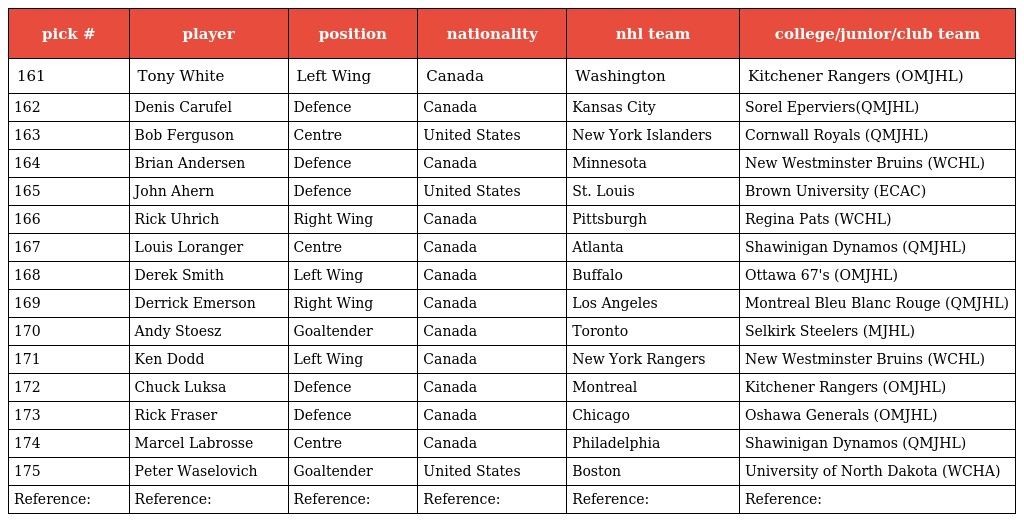
| pick # | player | position | nationality | nhl team | college/junior/club team |
 | --- | --- | --- | --- | --- | --- |
 | 161 | Tony White | Left Wing | Canada | Washington | Kitchener Rangers (OMJHL) |
 | 162 | Denis Carufel | Defence | Canada | Kansas City | Sorel Eperviers(QMJHL) |
 | 163 | Bob Ferguson | Centre | United States | New York Islanders | Cornwall Royals (QMJHL) |
 | 164 | Brian Andersen | Defence | Canada | Minnesota | New Westminster Bruins (WCHL) |
 | 165 | John Ahern | Defence | United States | St. Louis | Brown University (ECAC) |
 | 166 | Rick Uhrich | Right Wing | Canada | Pittsburgh | Regina Pats (WCHL) |
 | 167 | Louis Loranger | Centre | Canada | Atlanta | Shawinigan Dynamos (QMJHL) |
 | 168 | Derek Smith | Left Wing | Canada | Buffalo | Ottawa 67's (OMJHL) |
 | 169 | Derrick Emerson | Right Wing | Canada | Los Angeles | Montreal Bleu Blanc Rouge (QMJHL) |
 | 170 | Andy Stoesz | Goaltender | Canada | Toronto | Selkirk Steelers (MJHL) |
 | 171 | Ken Dodd | Left Wing | Canada | New York Rangers | New Westminster Bruins (WCHL) |
 | 172 | Chuck Luksa | Defence | Canada | Montreal | Kitchener Rangers (OMJHL) |
 | 173 | Rick Fraser | Defence | Canada | Chicago | Oshawa Generals (OMJHL) |
 | 174 | Marcel Labrosse | Centre | Canada | Philadelphia | Shawinigan Dynamos (QMJHL) |
 | 175 | Peter Waselovich | Goaltender | United States | Boston | University of North Dakota (WCHA) |
 | Reference: | Reference: | Reference: | Reference: | Reference: | Reference: |